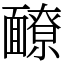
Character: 䩍